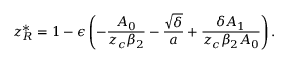
z _ { R } ^ { * } = 1 - \epsilon \left( - \frac { A _ { 0 } } { z _ { c } \beta _ { 2 } } - \frac { \sqrt { \delta } } { a } + \frac { \delta A _ { 1 } } { z _ { c } \beta _ { 2 } A _ { 0 } } \right) .